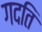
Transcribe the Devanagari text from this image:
गदति